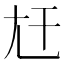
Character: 𡯋